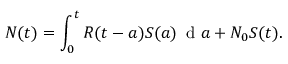
N ( t ) = \int _ { 0 } ^ { t } { R ( t - a ) S ( a ) \, \mathrm { ~ d ~ } a } + { { N } _ { 0 } } S ( t ) .